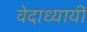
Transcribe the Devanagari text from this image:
वेदाध्यायी